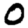
Digit: 0